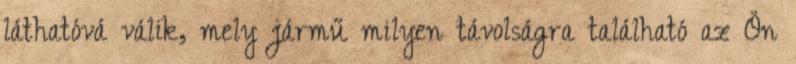
láthatóvá válik, mely jármű milyen távolságra található az Ön